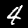
Digit: 4